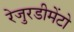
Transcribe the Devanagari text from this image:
रेजुरडीमेंटो